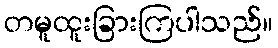
တမူထူးခြားကြပါသည်။